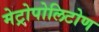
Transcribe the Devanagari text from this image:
मेट्रोपोलिटोण